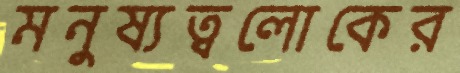
মনুষ্যত্বলোকের